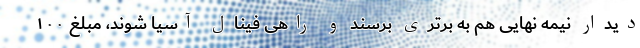
دیدار نیمه نهایی هم به برتری برسند و راهی فینال آسیا شوند، مبلغ ۱۰۰